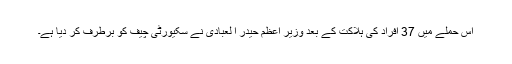
اس حملے میں 37 افراد کی ہلاکت کے بعد وزیر اعظم حیدر ا لعبادی نے سکیورٹی چیف کو برطرف کر دیا ہے۔